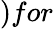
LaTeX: )for